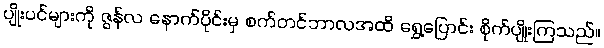
ပျိုးပင်များကို ဇွန်လ နောက်ပိုင်းမှ စက်တင်ဘာလအထိ ရွှေ့ပြောင်း စိုက်ပျိုးကြသည်။